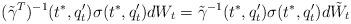
LaTeX: \begin{align*}(\tilde\gamma^T)^{-1}(t^*,q^\prime_t)\sigma(t^*,q^\prime_t) dW_t=\tilde\gamma^{-1}(t^*,q^\prime_t)\sigma(t^*,q^\prime_t) d\tilde W_t\end{align*}